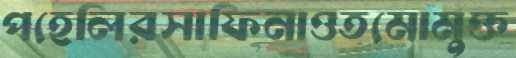
পহেলিরসাফিনাওতমোমুক্ত